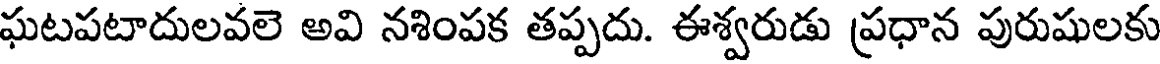
ఘటపటాదులవలె అవి నశింపక తప్పదు. ఈశ్వరుడు ప్రధాన పురుషులకు